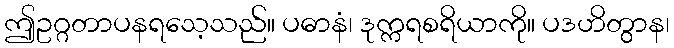
ဤဥဂ္ဂတာပနရသေ့သည်။ ပဓာနံ၊ ဒုက္ကရစရိယာကို။ ပဒဟိတွာန၊